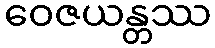
ဝေဇယန္တဿ